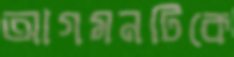
আগমনটিকে